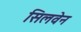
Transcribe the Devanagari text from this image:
सिलवेन